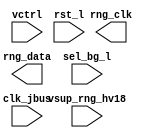
// ========== Copyright Header Begin ==========================================
// 
// OpenSPARC T1 Processor File: bw_rng.v
// Copyright (c) 2006 Sun Microsystems, Inc.  All Rights Reserved.
// DO NOT ALTER OR REMOVE COPYRIGHT NOTICES.
// 
// The above named program is free software; you can redistribute it and/or
// modify it under the terms of the GNU General Public
// License version 2 as published by the Free Software Foundation.
// 
// The above named program is distributed in the hope that it will be 
// useful, but WITHOUT ANY WARRANTY; without even the implied warranty of
// MERCHANTABILITY or FITNESS FOR A PARTICULAR PURPOSE.  See the GNU
// General Public License for more details.
// 
// You should have received a copy of the GNU General Public
// License along with this work; if not, write to the Free Software
// Foundation, Inc., 51 Franklin St, Fifth Floor, Boston, MA 02110-1301, USA.
// 
// ========== Copyright Header End ============================================
module bw_rng (/*AUTOARG*/
	// Outputs
	rng_data, rng_clk, 
	// Inputs
 	vsup_rng_hv18, sel_bg_l, vctrl, clk_jbus, rst_l 
   	);

 	input	vsup_rng_hv18;
	input	sel_bg_l;
	input [2:0] vctrl;
	input 	clk_jbus;
	input 	rst_l ;
   	output rng_data;
   	output rng_clk;

   	//synopsys translate_off
   	integer     	seed;
   	reg		rand_num;
   	reg		rng_clk;
   	reg		rng_data;
   
   	initial
   	begin
	  seed = 2;
      	  rng_clk = 1'b0;
   	end
   
   	always 
        begin
	  #500000 rng_clk = ~rng_clk;  //period of 1000000 ps
	  rand_num = $random (seed) & rst_l;
	  rng_data = rand_num;
     	end
   //synopsys translate_on

endmodule // bw_rng